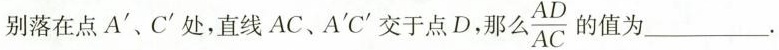
别落在点A^{\prime}、C^{\prime}处，直线AC，A^{\prime}C^{\prime}交于点D，那么\frac{AD}{AC}的值为___.